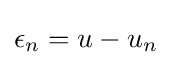
\epsilon _{n}=u-u_{n}